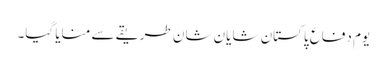
یوم دفاع پاکستان شایان شان طریقے سے منایا گیا۔